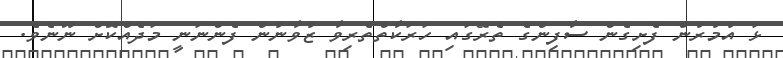
ޅަ އުމުރުން ފެށިގެން ސާފިންގެ ތެރޭގައި ހަރަކާތްތެރިވާ ޒުވާނުން ފެންނަނީ މަދެއްކޮށް ނޫނެވެ.